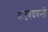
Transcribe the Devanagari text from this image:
अदृश्यवन्ती